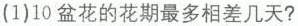
(1)10盆花的花期最多相差几天?